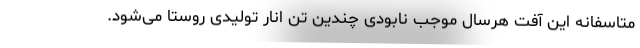
متاسفانه این آفت هرسال موجب نابودی چندین تن انار تولیدی روستا می‌شود.